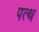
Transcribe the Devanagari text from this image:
पत्थ